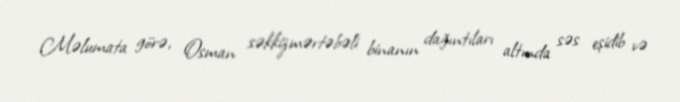
Məlumata görə, Osman səkkizmərtəbəli binanın dağıntıları altında səs eşidib və